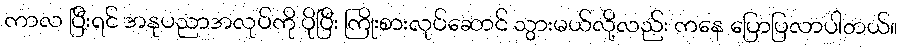
ကာလ ပြီးရင် အနုပညာအလုပ်ကို ပိုပြီး ကြိုးစားလုပ်ဆောင် သွားမယ်လို့လည်း ကနေ ပြောပြလာပါတယ်။